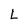
Character: L